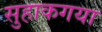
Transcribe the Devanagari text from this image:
सुहाकगया